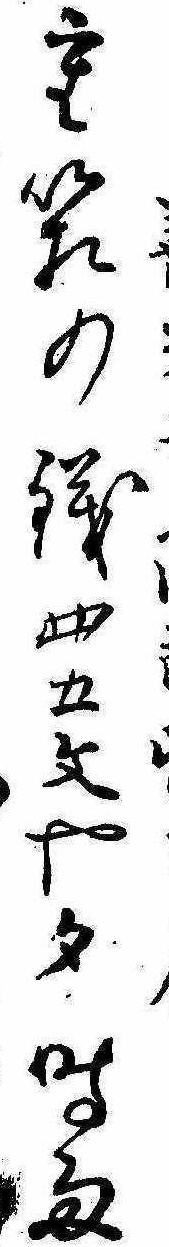
重箱の銭四五文や夕時雨